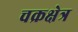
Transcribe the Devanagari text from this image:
चक्रक्षेत्र